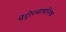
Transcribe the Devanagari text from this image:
पेट्रोरसायनिक